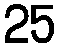
25